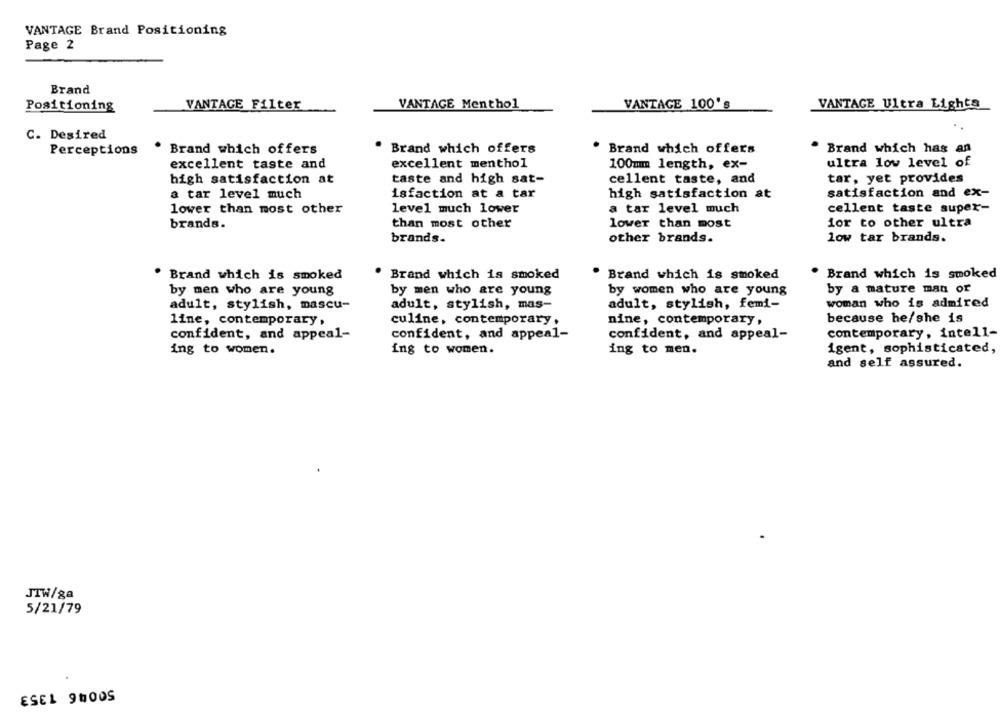
VANTAGE Brand Positioning
Page 2
Brand
VANTAGE Filter
VANTAGE Menthol
VANTAGE 100's
VANTAGE Ultra Lighta
Positioning
C. Desired
Brand which offers
Brand which offers
Brand which offers
Brand which has an
Perceptions
excellent menthol
ultra low level of
excellent taste and
100mm length, ex-
high satisfaction at
taste and high sat-
cellent taste, and
tar, yet provides
satisfaction and ex-
a tar level much
isfaction at a tar
high satisfaction at
lower than most other
level much lower
a tar level much
cellent taste super-
brands.
than most other
lower than most
ior to other ultra
brands.
other brands.
low tar brands.
Brand which is smoked
Brand which is smoked
Brand which is smoked
Brand which is smoked
by men who are young
by men who are young
by women who are young
by a mature man or
adult, stylish, mascu-
adult, stylish, mas-
adult, stylish, femi-
woman who is admired
line, contemporary,
culine, contemporary.
nine, contemporary,
because he/she is
confident, and appeal-
confident, and appeal-
contemporary, intell-
confident, and appeal-
ing to women.
ing to women.
ing to men.
igent, sophisticated,
and self assured.
JTW/ga
5/21/79
ESEL 9HOOS